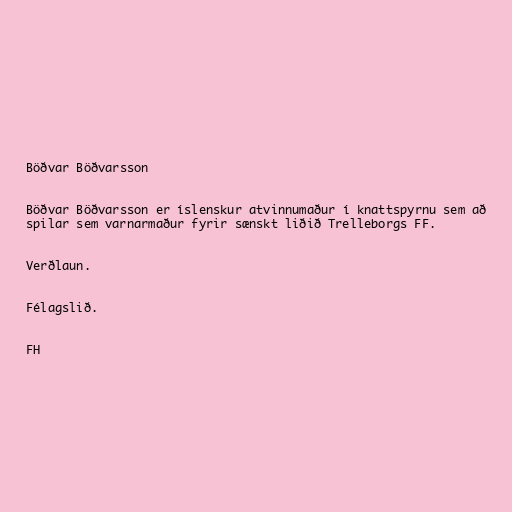
Böðvar Böðvarsson

Böðvar Böðvarsson er íslenskur atvinnumaður í knattspyrnu sem að
spilar sem varnarmaður fyrir sænskt liðið Trelleborgs FF.

Verðlaun.

Félagslið.

FH